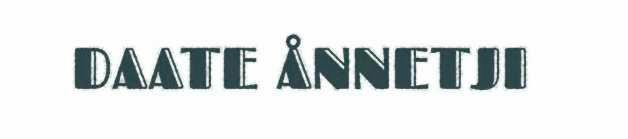
DAATE ÅNNETJI